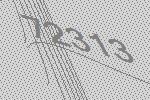
72313